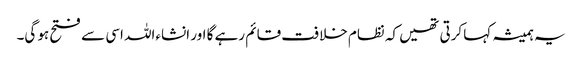
یہ ہمیشہ کہا کرتی تھیں کہ نظام خلافت قائم رہے گا اور انشاءاللہ اسی سے فتح ہو گی۔